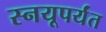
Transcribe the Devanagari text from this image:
स्नयूपर्यंत